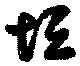
垣